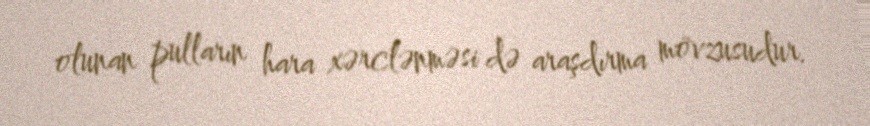
olunan pulların hara xərclənməsi də araşdırma mövzusudur.